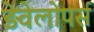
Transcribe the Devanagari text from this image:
ड़ेवेलोपर्स